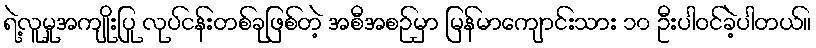
ရဲ့လူမှုအကျိုးပြု လုပ်ငန်းတစ်ခုဖြစ်တဲ့ အစီအစဉ်မှာ မြန်မာကျောင်းသား ၁၀ ဦးပါဝင်ခဲ့ပါတယ်။